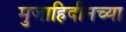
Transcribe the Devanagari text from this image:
मुजाहिदीनच्या